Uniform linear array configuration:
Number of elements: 8
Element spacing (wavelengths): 0.5
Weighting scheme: hann
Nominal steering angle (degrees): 15
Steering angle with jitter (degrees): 15.782
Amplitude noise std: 0.05
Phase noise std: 0.05

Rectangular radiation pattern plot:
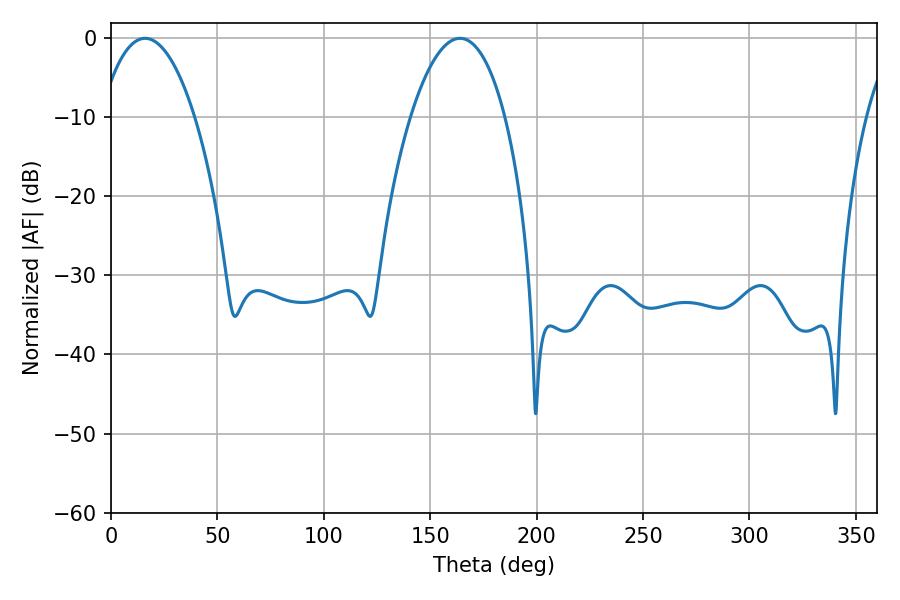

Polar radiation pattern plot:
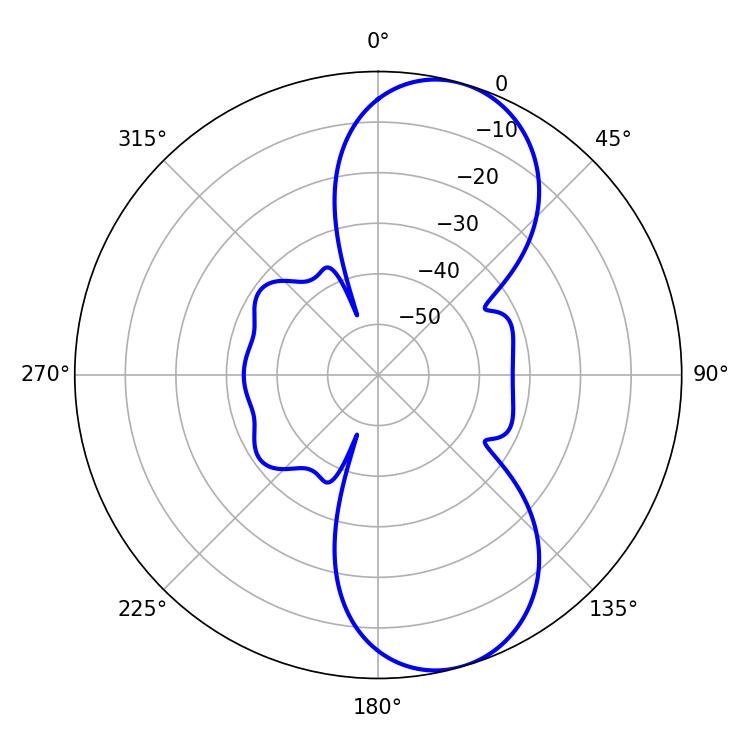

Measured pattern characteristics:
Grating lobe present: FALSE
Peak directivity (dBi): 8.881
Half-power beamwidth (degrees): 24.84
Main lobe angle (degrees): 16.02